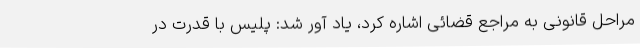
مراحل قانونی به مراجع قضائی اشاره کرد، یاد آور شد: پلیس با قدرت در